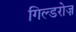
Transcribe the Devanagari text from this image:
गिल्डरोज़